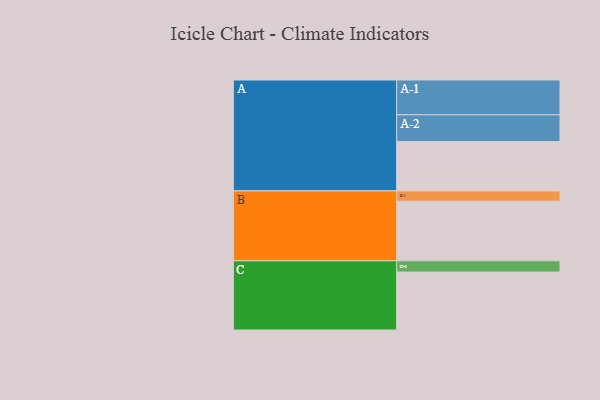
{"axis": {"x": "Segment", "y": "Value"}, "legend": ["", "A", "B", "C"], "data": [{"x": "A", "y": 394, "type": ""}, {"x": "B", "y": 476, "type": ""}, {"x": "C", "y": 463, "type": ""}, {"x": "A-1", "y": 278, "type": "A"}, {"x": "A-2", "y": 214, "type": "A"}, {"x": "B-1", "y": 82, "type": "B"}, {"x": "C-1", "y": 90, "type": "C"}]}